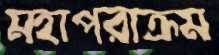
মহাপরাক্রম